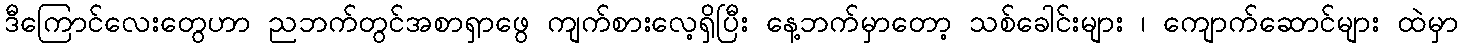
ဒီကြောင်လေးတွေဟာ ညဘက်တွင်အစာရှာဖွေ ကျက်စားလေ့ရှိပြီး နေ့ဘက်မှာတော့ သစ်ခေါင်းများ ၊ ကျောက်ဆောင်များ ထဲမှာ